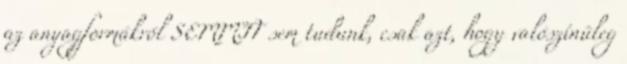
az anyagformákról SEMMIT sem tudunk, csak azt, hogy valószínűleg